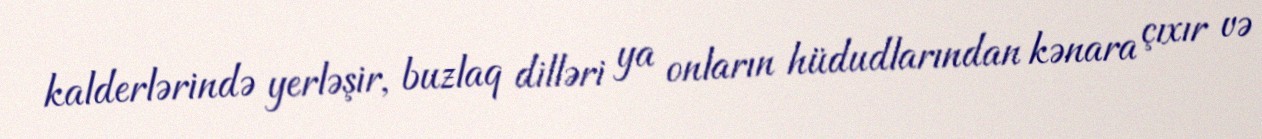
kalderlərində yerləşir, buzlaq dilləri ya onların hüdudlarından kənara çıxır və